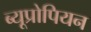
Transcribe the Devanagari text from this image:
ब्यूप्रोपियन